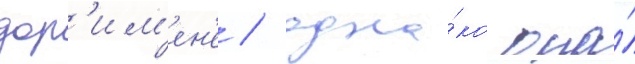
дор'им'ен'е / одна́ко она́